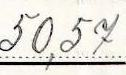
50,57